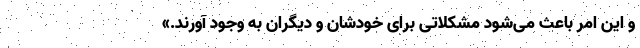
و این امر باعث می‌شود مشکلاتی برای خودشان و دیگران به وجود آورند.»